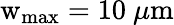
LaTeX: \mathrm{w}_{\mathrm{max}}=10~\mu\mathrm{m}